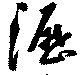
瀝